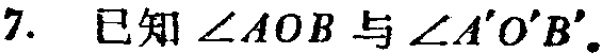
7. 已知$\angle AOB$与$\angle A'O'B'$。